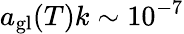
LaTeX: a_{\mathrm{gl}}(T)k\sim 10^{-7}